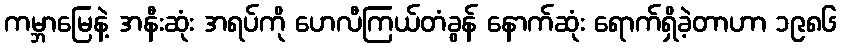
ကမ္ဘာမြေနဲ့ အနီးဆုံး အရပ်ကို ဟေလီကြယ်တံခွန် နောက်ဆုံး ရောက်ရှိခဲ့တာဟာ ၁၉၈၆